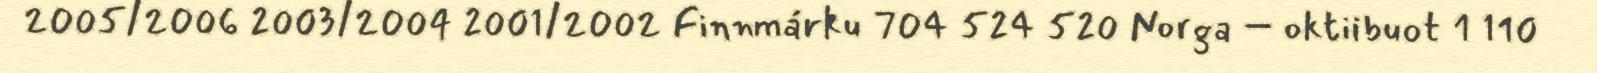
2005/2006 2003/2004 2001/2002 Finnmárku 704 524 520 Norga – oktiibuot 1 110